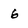
Character: 6